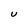
Character: U